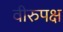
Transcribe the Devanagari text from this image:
वीरुपक्ष